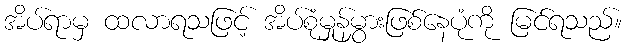
အိပ်ရာမှ ထလာရသဖြင့် အိပ်စုံမှုန်မွှားဖြစ်နေပုံကို မြင်ရသည်။